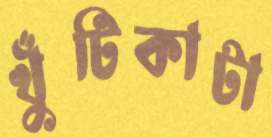
খুঁটিকাটা